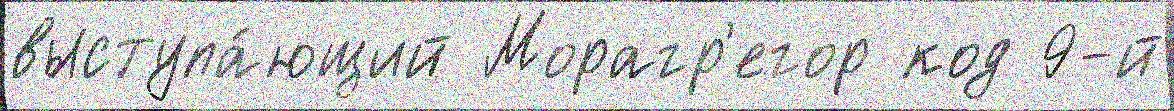
выступа́ющий Морагр'егор код 9-й